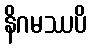
နိဂမဿပိ